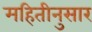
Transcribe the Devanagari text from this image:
महितीनुसार